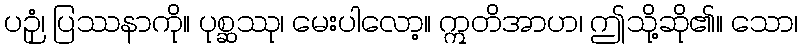
ပဉှံ၊ ပြဿနာကို။ ပုစ္ဆဿု၊ မေးပါလော့။ ဣတိအာဟ၊ ဤသို့ဆို၏။ သော၊